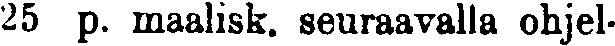
25 p. maalisk, seuraavalla ohjel-